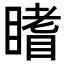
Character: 𥊏